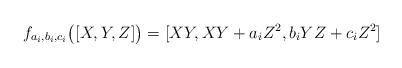
LaTeX: \begin{align*} f_{a_i,b_i,c_i}\bigl([X,Y,Z]\bigr)=[XY,XY+a_iZ^2,b_iYZ+c_iZ^2]\end{align*}